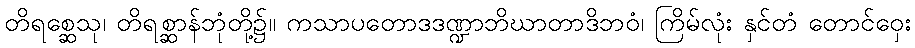
တိရစ္ဆေသု၊ တိရစ္ဆာန်ဘုံတို့၌။ ကသာပတောဒဒဏ္ဍာဘိဃာတာဒိဘဝံ၊ ကြိမ်လုံး နှင်တံ တောင်ဝှေး